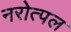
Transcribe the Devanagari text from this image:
नरोत्पल